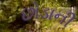
છોડાની